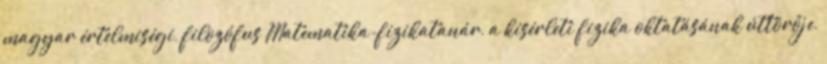
magyar értelmiségi, filozófus Matematika-fizikatanár, a kísérleti fizika oktatásának úttörője,